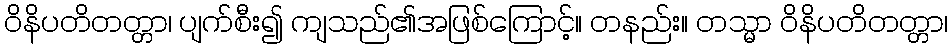
ဝိနိပတိတတ္တာ၊ ပျက်စီး၍ ကျသည်၏အဖြစ်ကြောင့်။ တနည်း။ တသ္မာ ဝိနိပတိတတ္တာ၊